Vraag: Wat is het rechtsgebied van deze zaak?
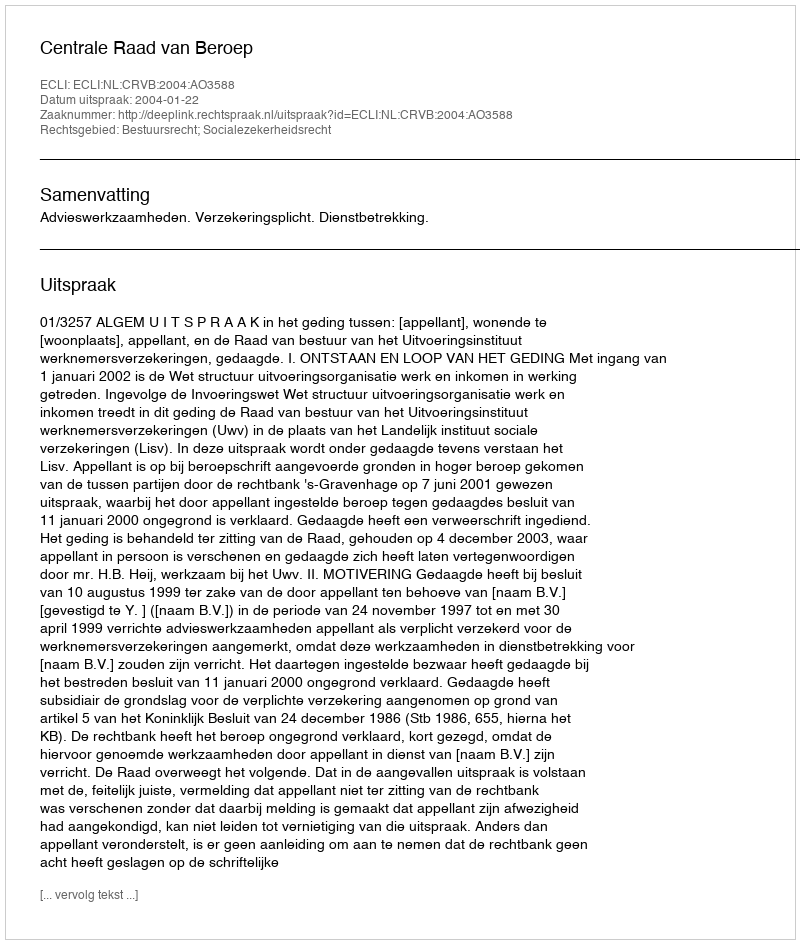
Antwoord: Bestuursrecht; Socialezekerheidsrecht